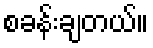
စခန်းချတယ်။